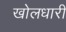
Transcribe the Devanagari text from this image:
खोलधारी